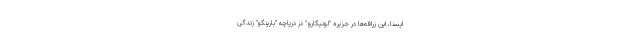
ایسنا، این زرافه‌ها در جزیره "لونیگارو" در دریاچه "بارینگو" زندگی